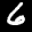
Digit: 6